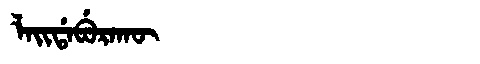
Manchu: ᠯᠠᡳᡩᠠᠪᡠᡵᠠᡴᡡ
Romanization: LAIDABURAKŪ